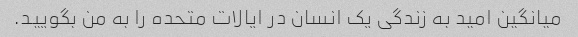
میانگین امید به زندگی یک انسان در ایالات متحده را به من بگویید.